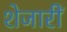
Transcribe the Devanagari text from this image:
शेजारीं